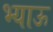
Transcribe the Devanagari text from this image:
भ्याऊ